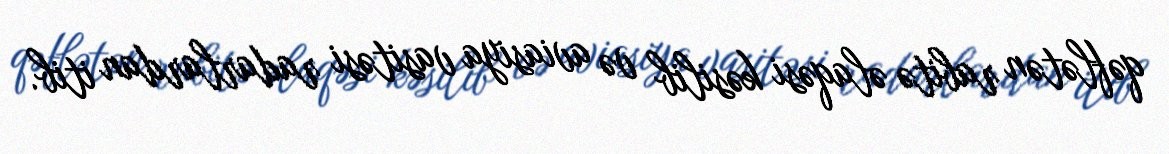
qəflətən rabitə əlaqəsi kəsilib və aviasiya vasitəsi radarlardan itib.